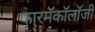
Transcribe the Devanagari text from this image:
फारमॅकॉलॉजी